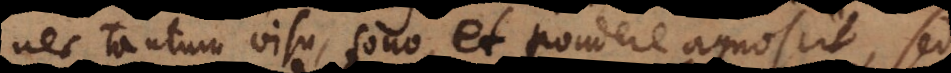
nec tantum visu, sono, et pondere agnoscit, sed